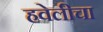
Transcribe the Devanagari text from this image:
हवेलीचा